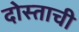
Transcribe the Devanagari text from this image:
दोस्ताची